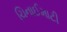
ચિનાઈમાટી